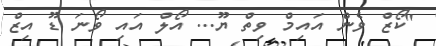
"ކޯޒް ވެން އައިމް ވިތް ޔޫ... އޯލް އައި ވޯނަ ޑޫ އިޒް